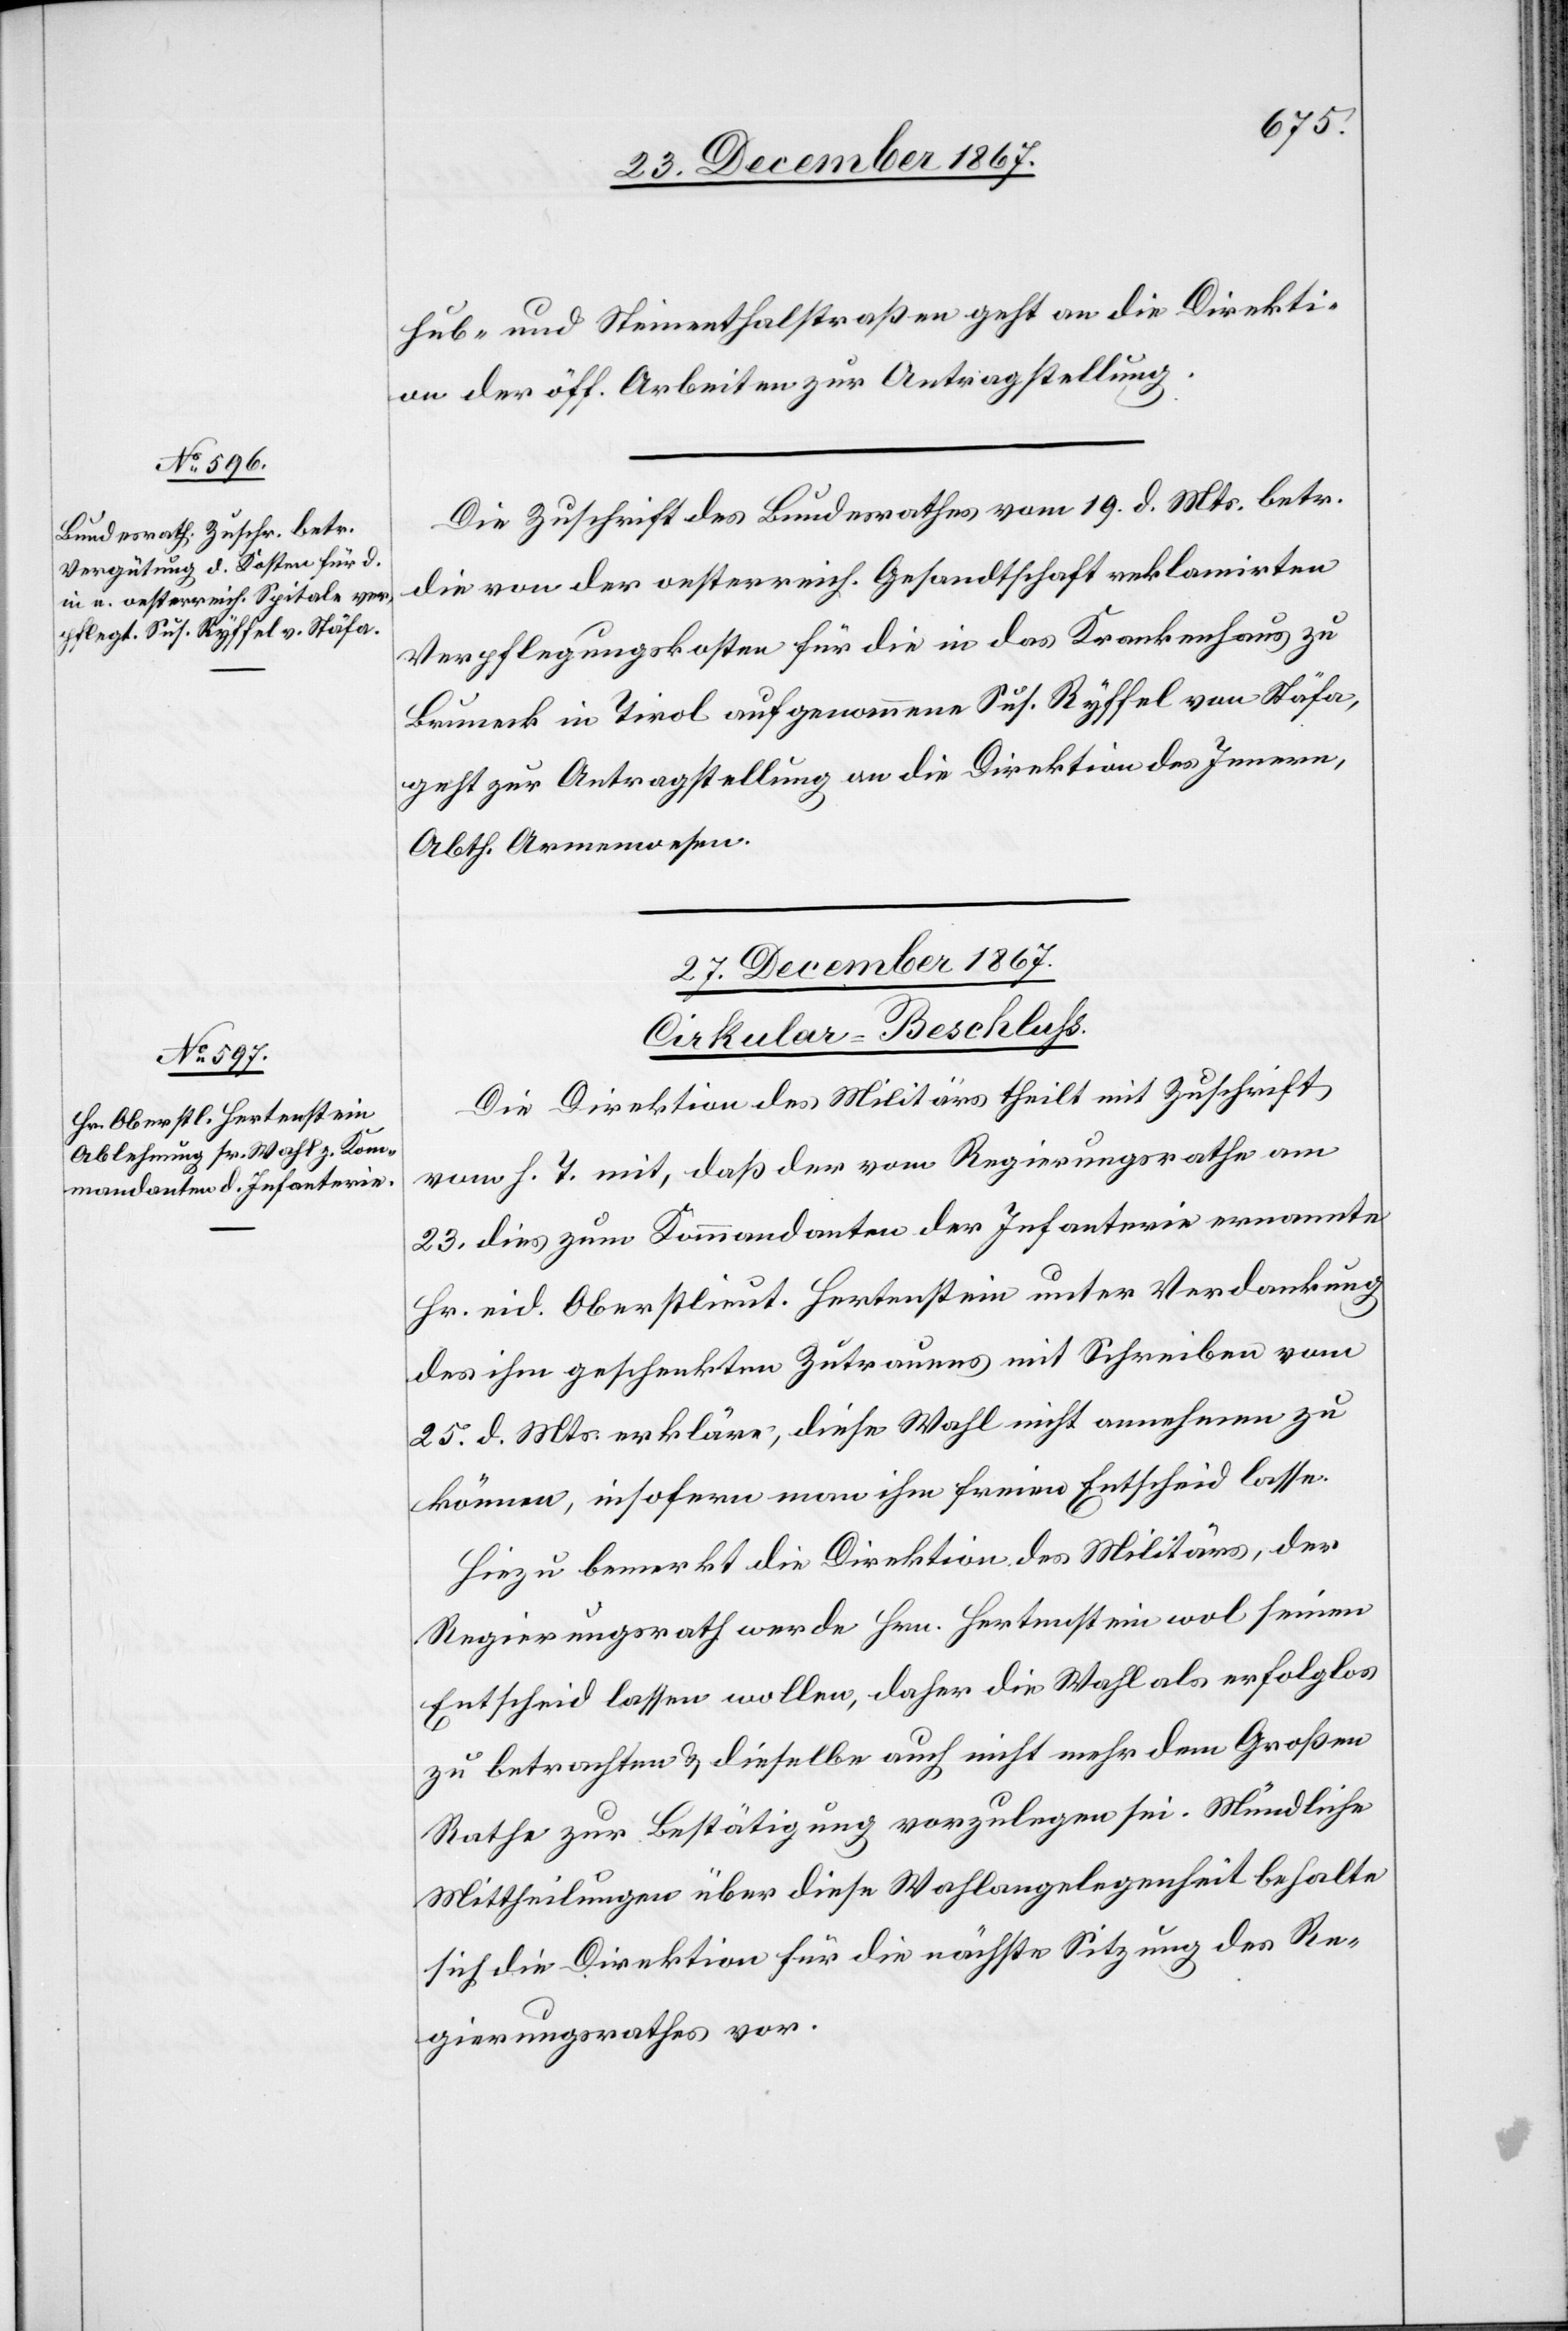
26. December 1867.]
hub und Steinenthalstraßen geht an die Direkti¬
on der öff. Arbeiten zur Antragstellung.
Die Zuschrift des Bundesrathes vom 19. d. Mts. betr.
die von der oesterreich. Gesandtschaft reklamirten
Verpflegungskosten für die in das Krankenhaus zu
Bruneck in Tirol aufgenommene Sus. Ryffel von Stäfa,
geht zur Antragstellung an die Direktion des Innern,
Abth. Armenwesen.
27. December 1867.
Cirkular-Beschluß.
Die Direktion des Militärs theilt mit Zuschrift
vom h. T. mit, daß der vom Regierungsrathe am
23. dies zum Kommandanten der Infanterie ernannte
Hr. eid. Oberstlieut. Hertenstein unter Verdankung
des ihm geschenkten Zutrauens mit Schreiben vom
25. d. Mts. erkläre, diese Wahl nicht annehmen zu
können, insofern man ihm freien Entscheid lasse.
Hiezu bemerkt die Direktion des Militärs, der
Regierungsrath werde Hrn. Hertenstein wol seinen
Entscheid lassen wollen, daher die Wahl als erfolglos
zu betrachten u. dieselbe auch nicht mehr dem Großen
Rathe zur Bestätigung vorzulegen sei. Mündliche
Mittheilungen über diese Wahlangelegenheit behalte
sich die Direktion für die nächste Sitzung des Re¬
gierungsrathes vor.